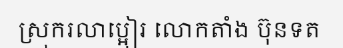
ស្រុករលាប្អៀរ លោកតាំង ប៊ុនទត